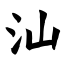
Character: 汕